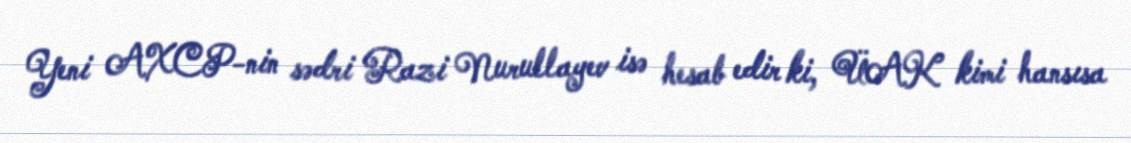
Yeni AXCP-nin sədri Razi Nurullayev isə hesab edir ki, ÜAK kimi hansısa